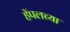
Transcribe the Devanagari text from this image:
हॅपलच्या